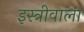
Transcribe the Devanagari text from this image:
इस्त्रीवाला